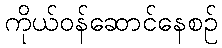
ကိုယ်ဝန်ဆောင်နေစဉ်